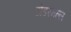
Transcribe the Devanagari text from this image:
टोडरमल्ल